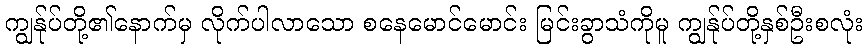
ကျွန်ုပ်တို့၏နောက်မှ လိုက်ပါလာသော စနေမောင်မောင်း မြင်းခွာသံကိုမူ ကျွန်ုပ်တို့နှစ်ဦးစလုံး